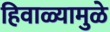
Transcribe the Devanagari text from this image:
हिवाळ्यामुळे